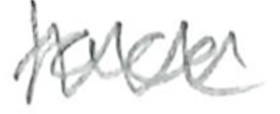
Text: face
Cross-out: zig-zag
Writing tool: pencil